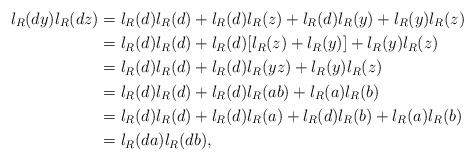
LaTeX: \begin{align*} l_R(dy)l_R(dz)&=l_R(d)l_R(d)+l_R(d)l_R(z)+l_R(d)l_R(y)+l_R(y)l_R(z) \\ &=l_R(d)l_R(d)+l_R(d)[l_R(z)+l_R(y)]+l_R(y)l_R(z) \\ &=l_R(d)l_R(d)+l_R(d)l_R(yz)+l_R(y)l_R(z) \\ &=l_R(d)l_R(d)+l_R(d)l_R(ab)+l_R(a)l_R(b) \\ &=l_R(d)l_R(d)+l_R(d)l_R(a)+l_R(d)l_R(b)+l_R(a)l_R(b) \\ &=l_R(da)l_R(db), \end{align*}